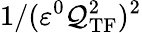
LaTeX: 1/(\varepsilon^{0}\mathcal{Q}_{\mathrm{{TF}}}^{2})^{2}